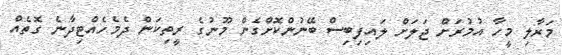
މަރާލި މީހާ އުމުރަށް ޖަލަށް ލައިފިބިސް ބޭނުންކޮށްގެން މޫނުގެ ރީތިކަން ދެމެހެއްޓިދާނެ ގޮތެއް